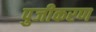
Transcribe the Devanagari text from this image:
पुजीकरण